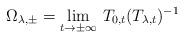
LaTeX: \begin{align*} \Omega_{\lambda,\pm} = \lim_{t \to \pm\infty}\, T_{0,t}(T_{\lambda,t})^{-1}\end{align*}